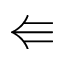
\Lleftarrow